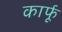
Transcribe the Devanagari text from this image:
कार्फू